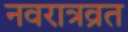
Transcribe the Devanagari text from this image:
नवरात्रव्रत